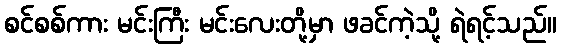
စင်စစ်ကား မင်းကြီး မင်းလေးတို့မှာ ဖခင်ကဲ့သို့ ရဲရင့်သည်။